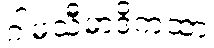
ဂါမသီမာဒိကထာ